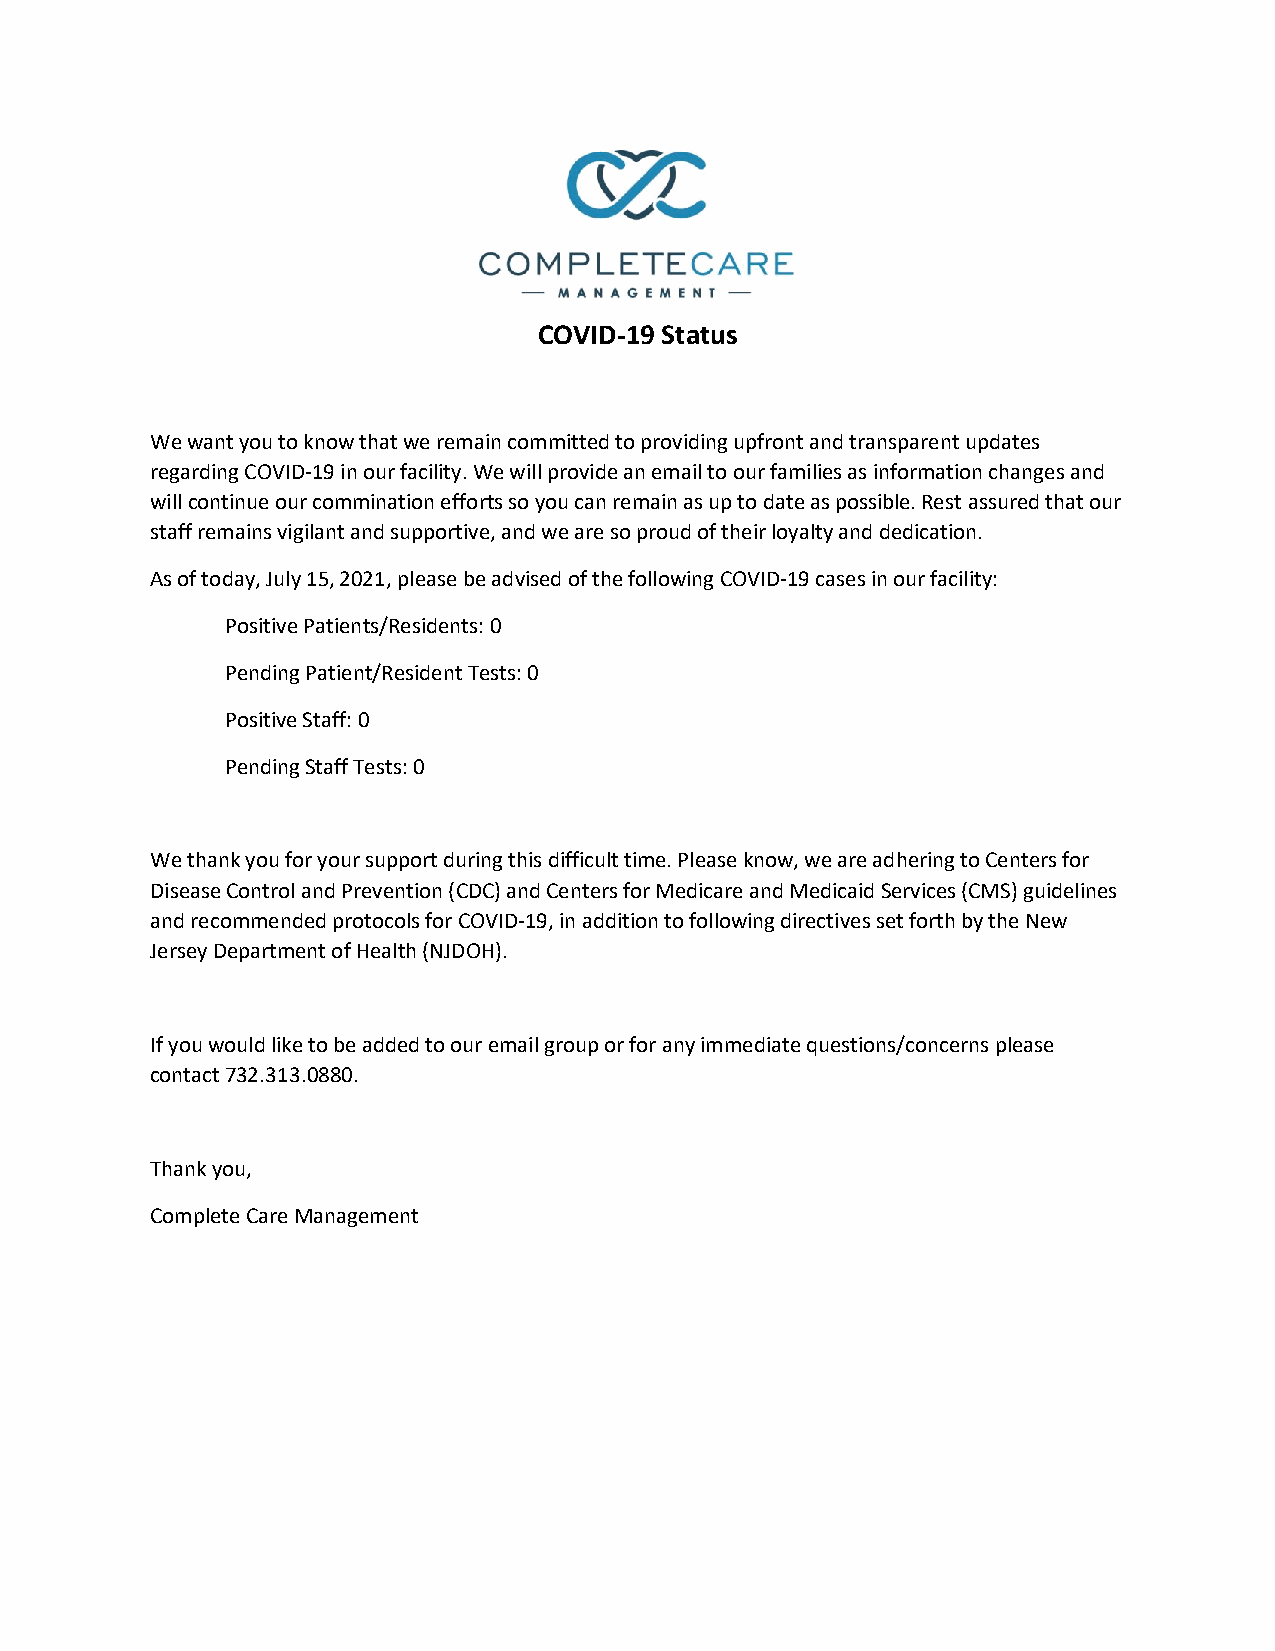
COVID-19 Status
 We want you to know that we remain committed to providing upfront and transparent updates
 regarding COVID-19 in our facility. We will provide an email to our families as information changes and
 will continue our commination efforts so you can remain as up to date as possible. Rest assured that our
 staff remains vigilant and supportive, and we are so proud of their loyalty and dedication.
 As of today, July 15, 2021, please be advised of the following COVID-19 cases in our facility:
 Positive Patients/Residents: 0
 Pending Patient/Resident Tests: 0
 Positive Staff: 0
 Pending Staff Tests: 0
 We thank you for your support during this difficult time. Please know, we are adhering to Centers for
 Disease Control and Prevention (CDC) and Centers for Medicare and Medicaid Services (CMS) guidelines
 and recommended protocols for COVID-19, in addition to following directives set forth by the New
 Jersey Department of Health (NJDOH).
 If you would like to be added to our email group or for any immediate questions/concerns please
 contact 732.313.0880.
 Thank you,
 Complete Care Management